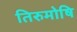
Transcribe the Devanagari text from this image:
तिरुमोषि